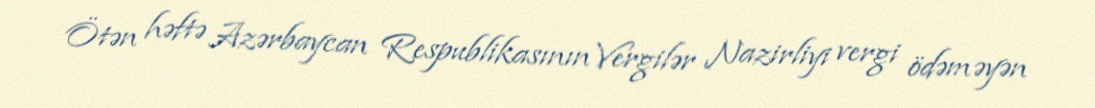
Ötən həftə Azərbaycan Respublikasının Vergilər Nazirliyi vergi ödəməyən